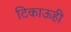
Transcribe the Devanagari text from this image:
टिकाऊही